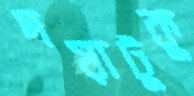
দয়াটুকু